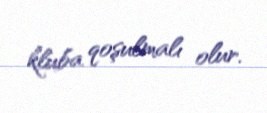
kluba qoşulmalı olur.